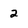
Character: 2